Reports on dispensaries and lunatic asylums in the Province of Oudh - 1869-1876
Year: 1869
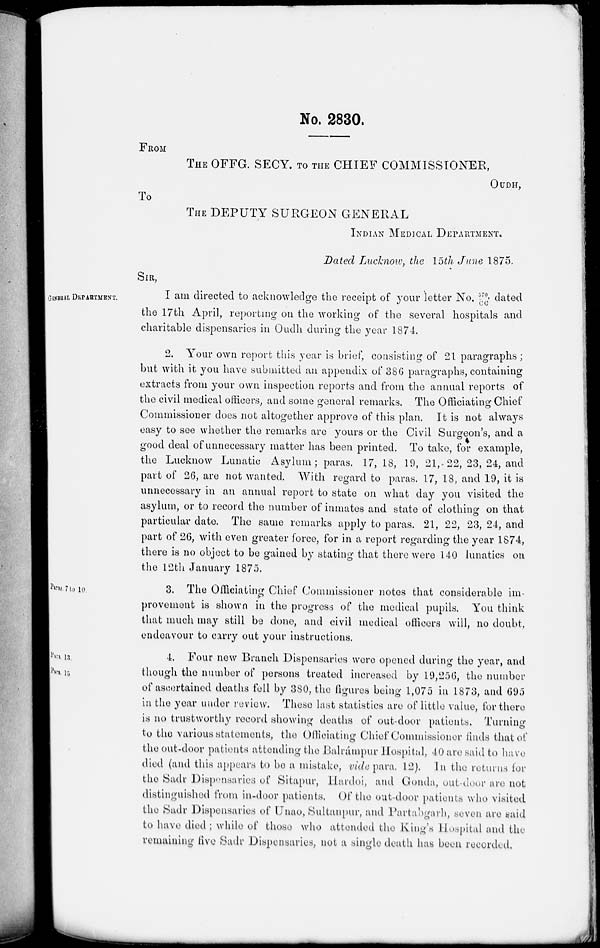
No. 2830.
FROM
THE OFFG. SECY. TO THE CHIEF COMMISSIONER,
OUDH,
To
THE DEPUTY SURGEON GENERAL
INDIAN MEDICAL DEPARTMENT.
Dated Lucknow, the 15th June 1875.
GENERAL DEPARTMENT.
SIR,
I am directed to acknowledge the receipt of your letter No, 572/CC dated
the 17th April, reporting on the working of the several hospitals and
charitable dispensaries in Oudh during the year 1874.
2. Your own report this year is brief, consisting of 21 paragraphs;
but with it you have submitted an appendix of 386 paragraphs, containing
extracts from your own inspection reports and from the annual reports of
the civil medical officers, and some general remarks. The Officiating Chief
Commissioner does not altogether approve of this plan. It is not always
easy to see whether the remarks are yours or the Civil Surgeon's, and a
good deal of unnecessary matter has been printed. To take, for example,
the Lucknow Lunatic Asylum; paras. 17, 18, 19, 21,22, 23, 24, and
part of 26, are not wanted. With regard to paras. 17, 18, and 19, it is
unnecessary in an annual report to state on what day you visited the
asylum, or to record the number of inmates and state of clothing on that
particular date. The same remarks apply to paras. 21, 22, 23, 24, and
part of 26, with even greater force, for in a report regarding the year 1874,
there is no object to be gained by stating that there were 140 lunatics on
the 12th January 1875.
Paras 7 to 10
3. The Officiating Chief Commissioner notes that considerable im-
provement is shown in the progress of the medical pupils. You think
that much may still be done, and civil medical officers will, no doubt.
endeavour to carry out your instructions.
Para 13.
Para 15.
4. Four new Branch Dispensaries were opened during the year, and
though the number of persons treated increased by 19,256, the number
of ascertained deaths fell by 380, the figures being 1,075 in 1873, and 695
in the year under review. These last statistics are of little value, for there
is no trustworthy record showing deaths of out-door patients. Turning
to the various statements, the Officiating Chief Commissioner finds that of
the out-door patients attending the Balrámpur Hospital, 40 are said to have
died (and this appears to be a mistake, vide para. 12). In the returns for
the Sadr Dispensaries of Sitapur, Hardoi, and Gonda, out-door are not
distinguished from in-door patients. Of the out-door patients who visited
the Sadr Dispensaries of Unao, Sultanpur, and Partabgarh, seven are said
to have died; while of those who attended the King's Hospital and the
remaining live Sadr Dispensaries, not a single death has been recorded.